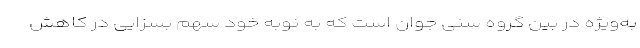
به‌ویژه در بین گروه سنی جوان است که به نوبه خود سهم بسزایی در کاهش